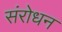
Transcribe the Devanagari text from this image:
संरोधन